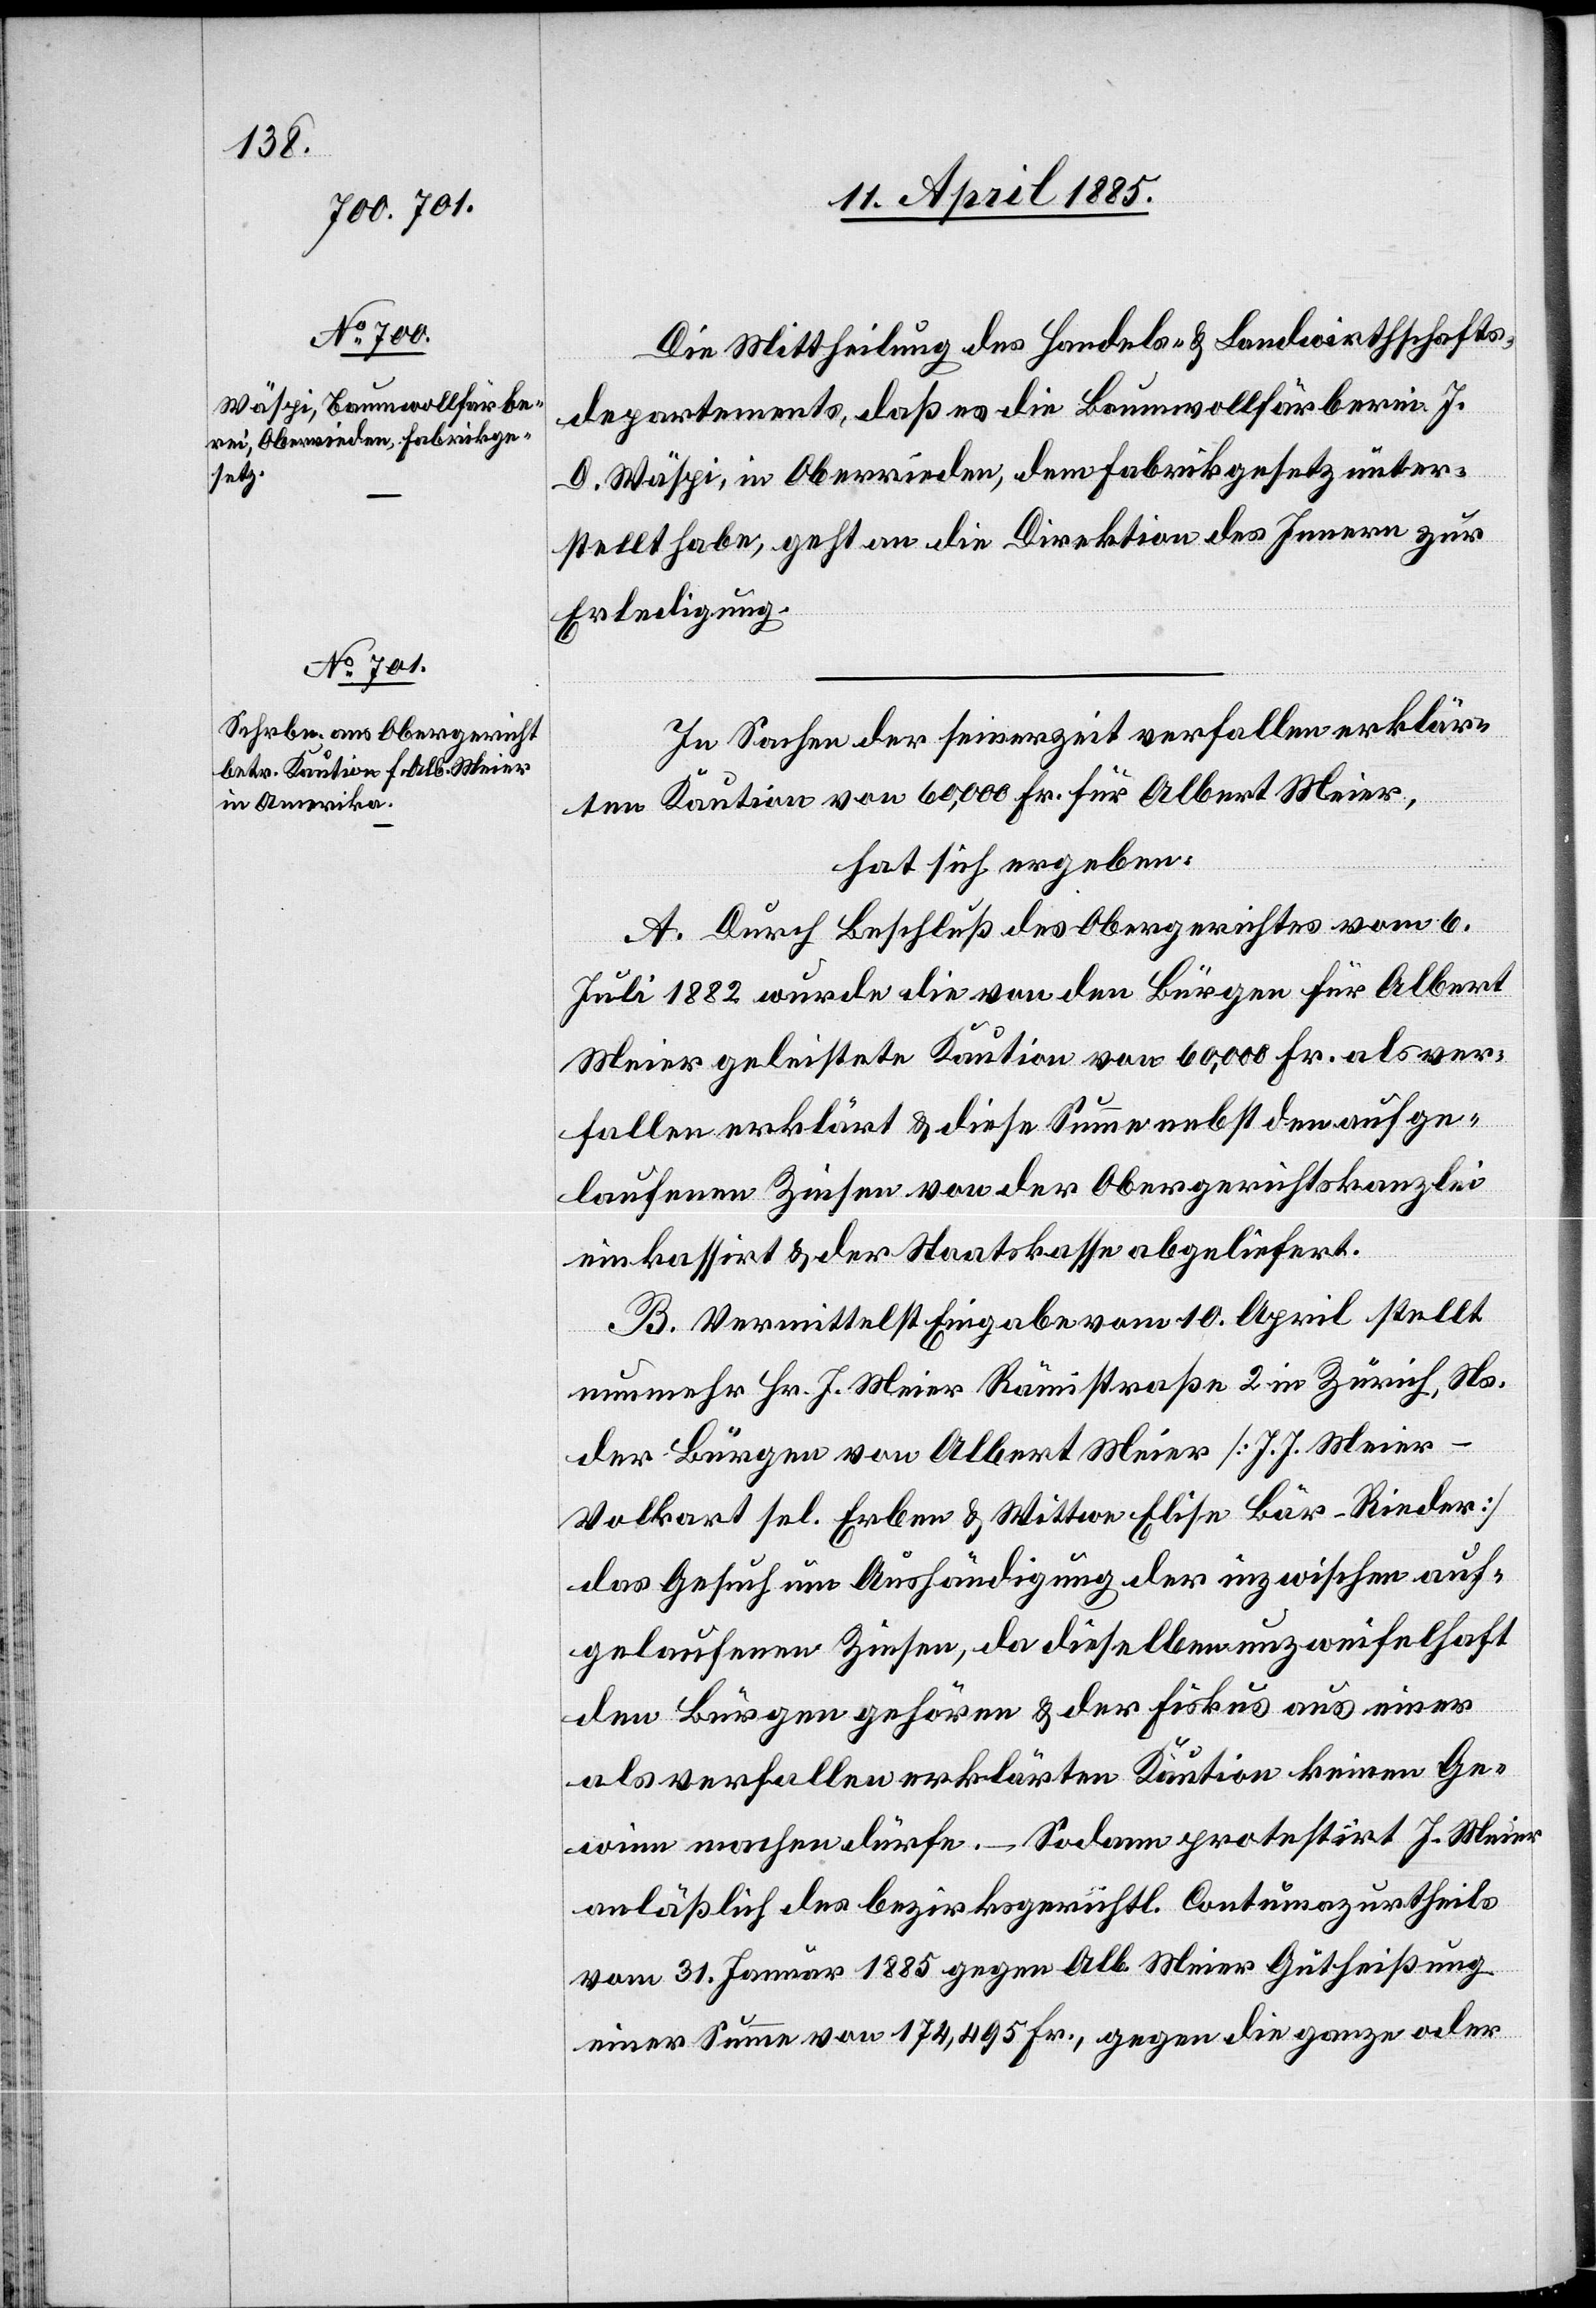
Die Mittheilung des Handels- & Landwirthschafts¬
departements, daß es die Baumwollfärberei J.
D. Wäspi, in Oberrieden, dem Fabrikgesetz unter¬
stellt habe, geht an die Direktion des Innern zur
Erledigung.
In Sachen der seinerzeit verfallen erklär¬
ten Kaution von 60,000 Fr. für Albert Meier,
hat sich ergeben:
A. Durch Beschluß des Obergerichtes vom 6.
Juli 1882 wurde die von den Bürgen für Albert
Meier geleistete Kaution von 60,000 Fr. als ver¬
fallen erklärt & diese Summe nebst den aufge¬
laufenen Zinsen von der Obergerichtskanzlei
einkassirt & der Staatskasse abgeliefert.
B. Vermittelst Eingabe vom 10. April stellt
nunmehr Hr. J. Meier Rämistraße 2 in Zürich, Ns.
der Bürgen von Albert Meier [J. J. Meier-V¬
olkart sel. Erben & Wittwe Elise Bär-Rieder]
das Gesuch um Aushändigung der inzwischen auf¬
gelaufenen Zinsen, da dieselben unzweifelhaft
den Bürgen gehören & der Fiskus aus einer
als verfallen erklärten Kaution keinen Ge¬
winn machen dürfe. – Sodann protestirt J. Meier
anläßlich des bezirksgerichtl. Contumazurtheils
vom 31. Januar 1885 gegen Alb. Meier Gutheißung
einer Summe von 174,495 Fr., gegen die ganze oder